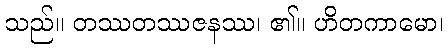
သည်။ တဿတဿဇနဿ၊ ၏။ ဟိတကာမော၊